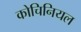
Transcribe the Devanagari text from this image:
कोचिनियल